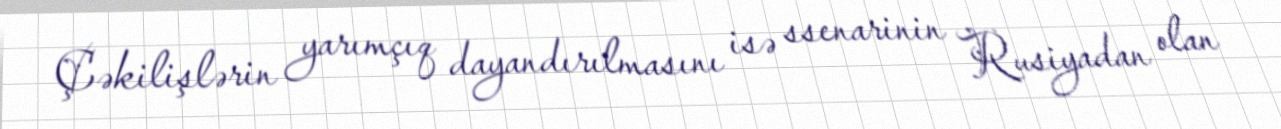
Çəkilişlərin yarımçıq dayandırılmasını isə ssenarinin Rusiyadan olan